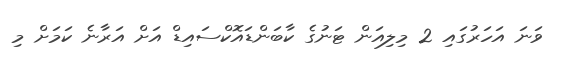
ވަނަ އަހަރުގައި 2 މިލިއަން ޓަނުގެ ކާބަންޑައޮކްސައިޑް އަށް އަރާނެ ކަމަށް މި